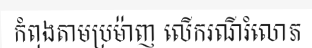
កំពុងតាមប្រម៉ាញ លើករណីរំលោភ